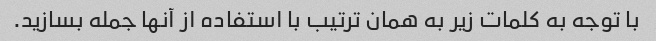
با توجه به کلمات زیر به همان ترتیب با استفاده از آنها جمله بسازید.